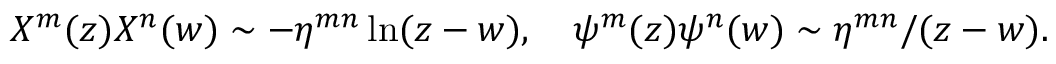
X ^ { m } ( z ) X ^ { n } ( w ) \sim - \eta ^ { m n } \ln ( z - w ) , \quad \psi ^ { m } ( z ) \psi ^ { n } ( w ) \sim \eta ^ { m n } / ( z - w ) .